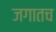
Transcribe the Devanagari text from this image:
जगातच